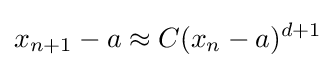
x_{n+1}-a\approx C(x_{n}-a)^{d+1}